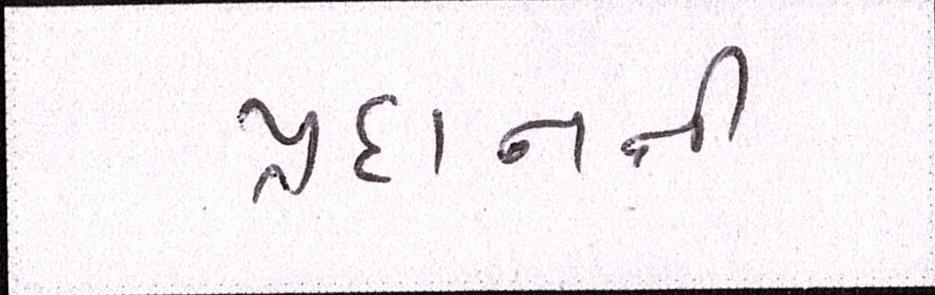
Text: પ્રદાનની